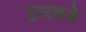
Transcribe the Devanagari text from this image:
ट्रस्टकडे